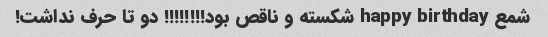
شمع happy birthday شکسته و ناقص بود!!!!!!!! دو تا حرف نداشت!